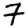
Digit: 7